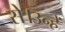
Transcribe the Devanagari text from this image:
से।उन्हें